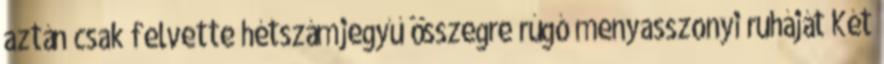
aztán csak felvette hétszámjegyű összegre rúgó menyasszonyi ruháját Két